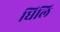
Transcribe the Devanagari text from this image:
धिलि